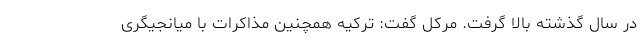
در سال گذشته بالا گرفت. مرکل گفت: ترکیه همچنین مذاکرات با میانجیگری